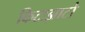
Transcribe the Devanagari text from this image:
किटाझाटो